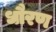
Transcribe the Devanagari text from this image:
धौरण